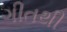
ગીતથી